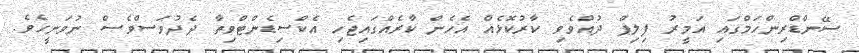
ސޭންޑްރިންހަމްގައި އަމީރު ފިލިޕް ދުއްވެވި ކާރުކޮޅެއް އެހެން ކާރެއްގައިޖެހި އެކްސިޑެންޓްވިތާ ދެދުވަސްވެސް ނުވަނީހެވެ.